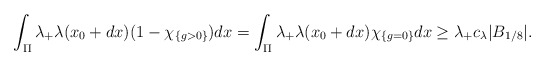
\begin{align*} \int_{\Pi} \lambda_{+}\lambda(x_0+dx)(1 -\chi_{\{g>0 \} })dx = \int_{\Pi} \lambda_{+}\lambda(x_0+dx) \chi_{\{g=0 \}}dx \ge \lambda_{+} c_\lambda |B_{1/8}|.\end{align*}